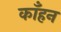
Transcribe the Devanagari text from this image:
काँहन